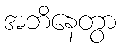
အဘိနေတွာ